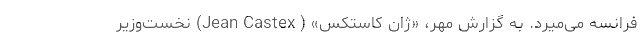
فرانسه می‌میرد. به گزارش مهر، «ژان کاستکس» ( Jean Castex) نخست‌وزیر